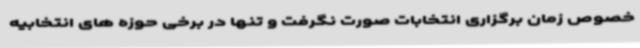
خصوص زمان برگزاری انتخابات صورت نگرفت و تنها در برخی حوزه های انتخابیه